Annual report on the Civil Veterinary Department, Burma (including the Insein Veterinary School) - 1910-1922
Year: 1910
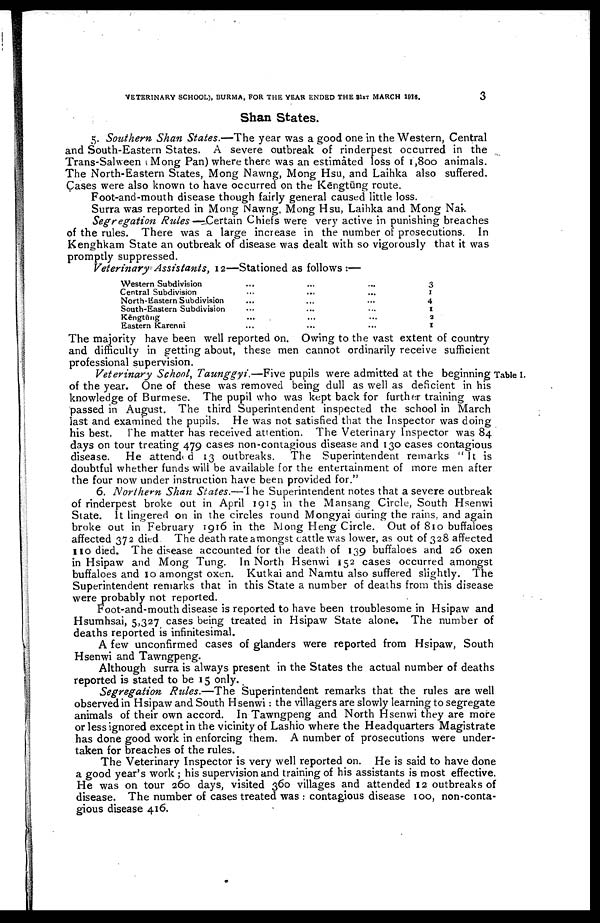
VETERINARY SCHOOL), BURMA, FOR THE YEAR ENDED THE 31ST MARCH 1016.
3
Shan States.
5. Southern Shan States.—The year was a good one in the Western, Central
and South-Eastern States. A severe outbreak of rinderpest occurred in the
Trans-Salween (Mong Pan) where there was an estimated loss of 1,800 animals.
The North-Eastern States, Mong Nawng, Mong Hsu, and Laihka also suffered.
Cases were also known to have occurred on the Kēngtūng route.
Foot-and-mouth disease though fairly general caused little loss.
Surra was reported in Mong Nawng, Mong Hsu, Laihka and Mong Nai.
Segregation Rules —Certain Chiefs were very active in punishing breaches
of the rules. There was a large increase in the number of prosecutions. In
Kenghkam State an outbreak of disease was dealt with so vigorously that it was
promptly suppressed.
Veterinary Assistants, 12—Stationed as follows:—
Western Subdivision
Central Subdivision
North-Eastern Subdivision
South-Eastern Subdivision
Kēngtūng
Eastern Karenni
...
...
...
...
...
...
...
...
...
...
...
...
...
...
...
...
...
3
1
4
1
2
1
The majority have been well reported on. Owing to the vast extent of country
and difficulty in getting about, these men cannot ordinarily receive sufficient
professional supervision.
Table I.
Veterinary School, Taunggyi.—Five
pupils were admitted at the beginning
of the year. One of these was removed being dull as well as deficient in his
knowledge of Burmese. The pupil who was kept back for further training was
passed in August. The third Superintendent inspected the school in March
last and examined the pupils. He was not satisfied that the Inspector was doing
his best.
The matter has received attention. The Veterinary Inspector was 84
days on tour treating 479 cases non-contagious disease and 130 cases contagious
disease.
He attended 13 outbreaks.
The Superintendent remarks "It is
doubtful whether funds will be available for the entertainment of more men after
the four now under instruction have been provided for."
6. Northern Shan States.—The Superintendent notes that a severe outbreak
of rinderpest broke out in April 1915 in the Mansang Circle, South Hsenwi
State. It lingered on in the circles round Mongyai during the rains and again
broke out in February 1916 in the Mong Heng Circle. Out of 810 buffaloes
affected 372 died
The death rate amongst cattle was lower, as out of 328 affected
110 died. The disease accounted for the death of 139 buffaloes and 26 oxen
in Hsipaw and Mong Tung. In North Hsenwi 152 cases occurred amongst
buffaloes and 10 amongst oxen. Kutkai and Namtu also suffered slightly. The
Superintendent remarks that in this State a number of deaths from this disease
were probably not reported.
Foot-and-mouth disease is reported to have been troublesome in Hsipaw and
Hsumhsai, 5,327 cases being treated in Hsipaw State alone. The number of
deaths reported is infinitesimal.
A few unconfirmed cases of glanders were reported from Hsipaw, South
Hsenwi and Tawngpeng.
Although surra is always present in the States the actual number of deaths
reported is stated to be 15 only.
Segregation
Rules.—The
Superintendent remarks that the rules are well
observed in Hsipaw and South Hsenwi: the villagers are slowly learning to segregate
animals of their own accord. In Tawngpeng and North Hsenwi they are more
or less ignored except in the vicinity of Lashio where the Headquarters Magistrate
has done good work in enforcing them. A number of prosecutions were under
taken for breaches of the rules.
The Veterinary Inspector is very well reported on. He is said to have done
a good year's work ; his supervision and training of his assistants is most effective.
He was on tour 260 days, visited 360 villages and attended 12 outbreaks of
disease. The number of cases treated was : contagious disease 100, non-conta
gious disease 416.